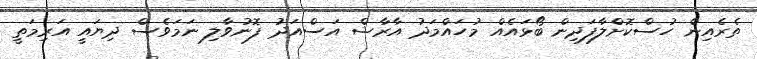
ތެރެއިން ހުސްކޮށްލާފަދިން ބޯޅައެއް މުހައްމަދު އާރާޝް އަސްއަދު ފޮނުވާލި ނަމަވެސް ދިޔައީ އަރިމަތީ